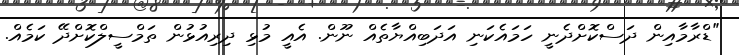
"ޑްރާމާއިން ދަސްކޮށްދެނީ ހަމައެކަނި އަދަބިއްޔާތެއް ނޫން. އެއީ މުޅި ދިރިއުޅުން ތަމްސީލްކޮށްދޭ ކަމެއް.